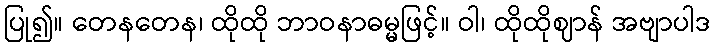
ပြု၍။ တေနတေန၊ ထိုထို ဘာဝနာဓမ္မဖြင့်။ ဝါ၊ ထိုထိုဈာန် အဗျာပါဒ